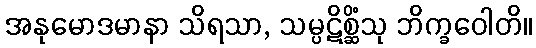
အနုမောဒမာနာ သိရသာ, သမ္ပဋိစ္ဆိံသု ဘိက္ခဝေါတိ။